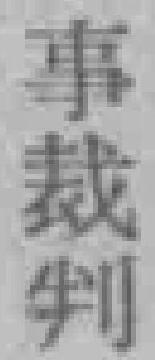
事裁判